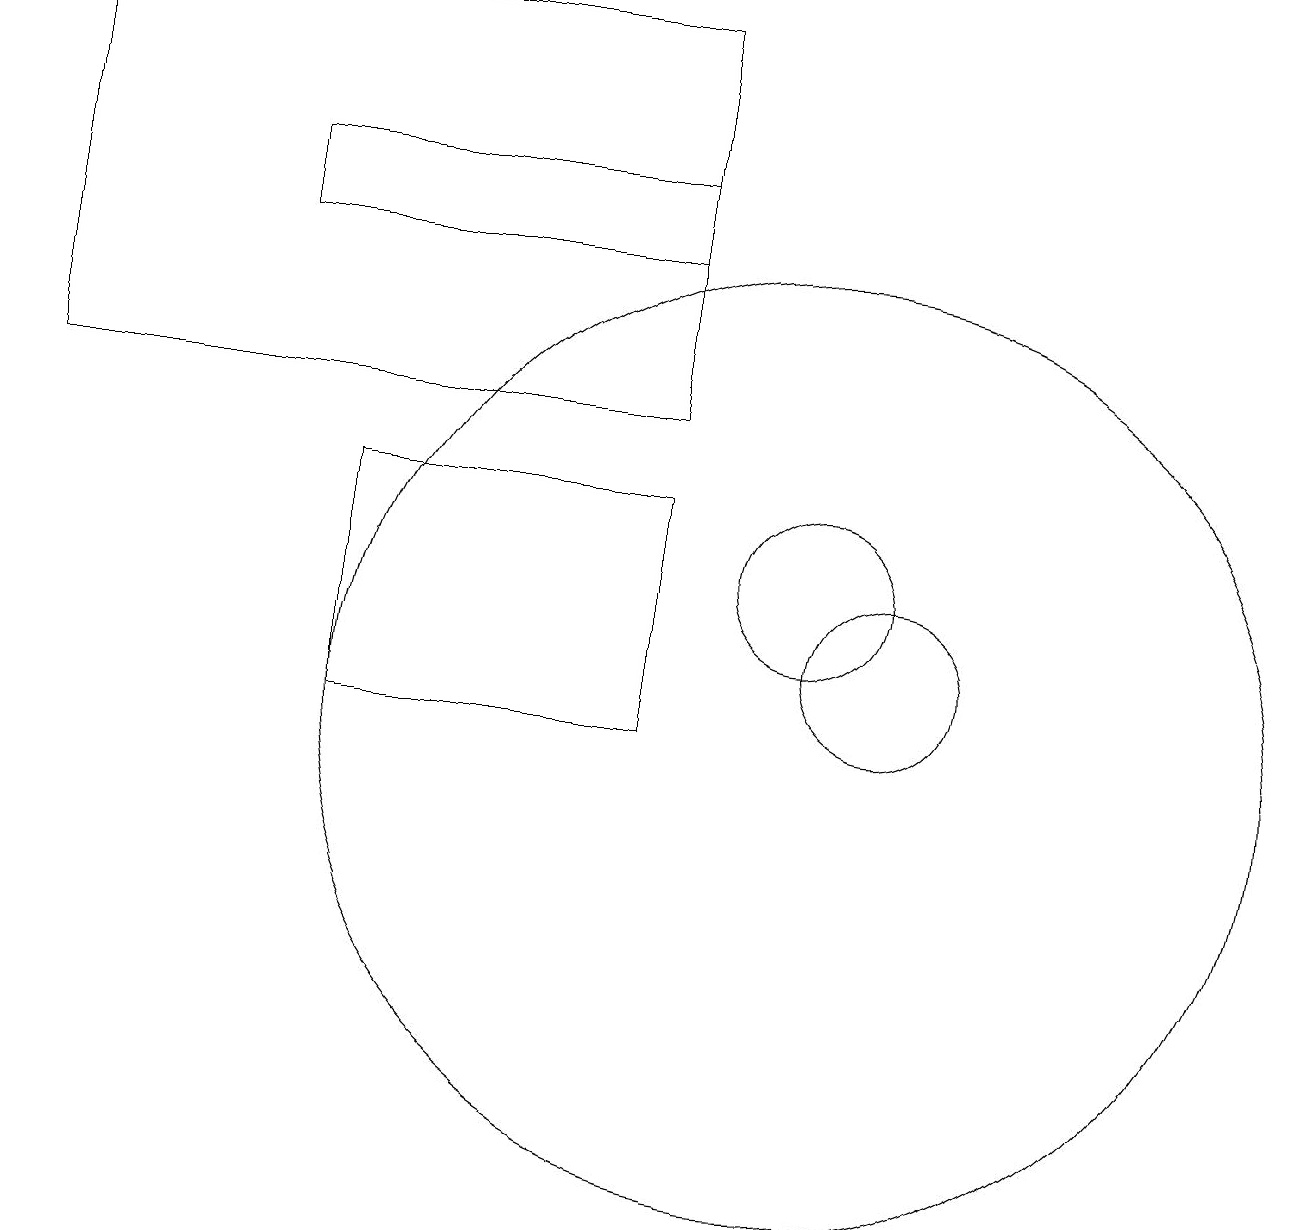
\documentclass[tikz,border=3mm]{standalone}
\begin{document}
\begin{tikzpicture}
\draw (10,10) circle (6);
\draw (8,13) rectangle (4,10);
\draw (11,11) circle (1);
\draw (10,12) circle (1);
\draw (11,11) circle (0);
\draw (3,17) rectangle (8,16);
\draw (8,19) rectangle (0,14);
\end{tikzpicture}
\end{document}